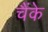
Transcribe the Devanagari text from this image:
चैंके